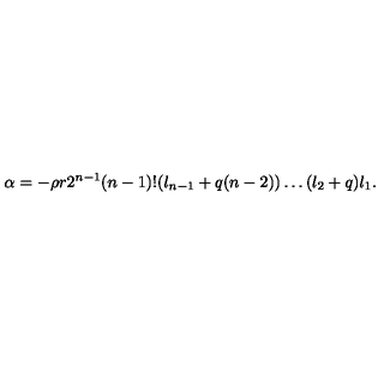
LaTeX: \alpha = - \rho r 2 ^ { n - 1 } ( n - 1 ) ! ( l _ { n - 1 } + q ( n - 2 ) ) \ldots ( l _ { 2 } + q ) l _ { 1 } .